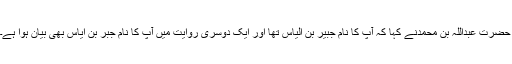
حضرت عبداللہ بن محمدنے کہا کہ آپؓ کا نام جُبَیر بن اِلْیَاس تھا اور ایک دوسری روایت میں آپ کا نام جَبَر بن اِیَاس بھی بیان ہوا ہے۔